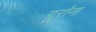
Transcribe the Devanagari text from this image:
ग्रुरांना